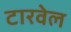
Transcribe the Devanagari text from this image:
टारवेल